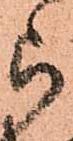
被